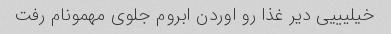
خیلیییی دیر غذا رو اوردن ابروم جلوی مهمونام رفت